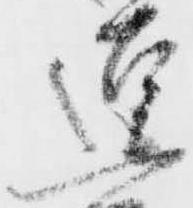
逗